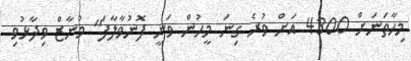
މިހާތަނަށް 4300 އަށް ވުރެ ގިނަ މީހުން ވަނީ ފޮނުވާލާފަ" މުނާޒް ވިދާޅުވި